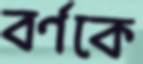
বর্ণকে